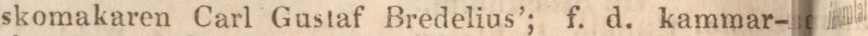
skomakaren Carl Gustaf Bredelius’; f. d. kammar-